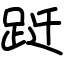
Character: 跹